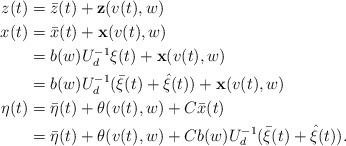
LaTeX: \begin{align*}z(t)&=\bar{z}(t)+\textbf{z}(v(t),w)\\x(t)&=\bar{x}(t)+\textbf{x}(v(t),w)\\&=b(w)U_{d}^{-1}\xi(t)+\textbf{x}(v(t),w)\\&=b(w)U_{d}^{-1}(\bar{\xi}(t)+\hat{\xi}(t))+\textbf{x}(v(t),w)\\\eta(t)&=\bar{\eta}(t)+\theta(v(t),w)+C\bar{x}(t)\\&=\bar{\eta}(t)+\theta(v(t),w)+Cb(w)U_{d}^{-1}(\bar{\xi}(t)+\hat{\xi}(t)).\\\end{align*}